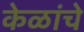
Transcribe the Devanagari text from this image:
केळांचे